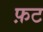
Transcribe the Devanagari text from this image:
फ़ट